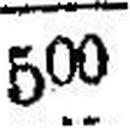
500